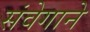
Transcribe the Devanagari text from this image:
संवेगाने